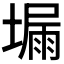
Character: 𡏺